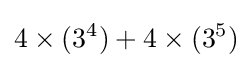
4\times (3^{4})+4\times (3^{5})